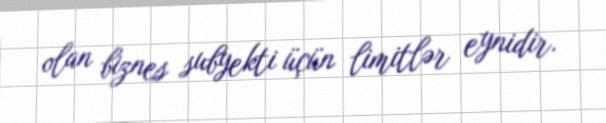
olan biznes subyekti üçün limitlər eynidir.